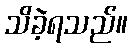
သိခဲ့ရသည်။